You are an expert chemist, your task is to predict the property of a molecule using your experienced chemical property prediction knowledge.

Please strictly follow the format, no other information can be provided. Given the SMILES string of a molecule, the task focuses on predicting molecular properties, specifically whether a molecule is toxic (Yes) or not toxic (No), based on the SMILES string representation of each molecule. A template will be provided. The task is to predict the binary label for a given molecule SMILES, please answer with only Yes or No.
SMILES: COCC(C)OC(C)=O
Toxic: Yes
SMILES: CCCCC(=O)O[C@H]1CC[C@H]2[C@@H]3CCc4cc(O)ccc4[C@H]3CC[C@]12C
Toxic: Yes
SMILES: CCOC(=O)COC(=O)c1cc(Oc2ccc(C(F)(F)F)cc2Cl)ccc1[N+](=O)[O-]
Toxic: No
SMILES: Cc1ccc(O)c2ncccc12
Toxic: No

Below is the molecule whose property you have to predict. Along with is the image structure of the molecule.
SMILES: CC/C=C/CCCCCCCCCCOC(C)=O
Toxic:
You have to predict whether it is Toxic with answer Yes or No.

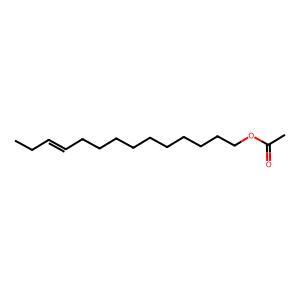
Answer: No